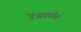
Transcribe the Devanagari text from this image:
रेंजरटोन